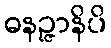
ဓနဉ္ဇာနိပိ